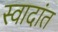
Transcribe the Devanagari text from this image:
स्वादांत